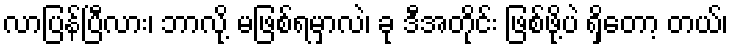
လာပြန်ပြီလား၊ ဘာလို့ မဖြစ်ရမှာလဲ၊ ခု ဒီအတိုင်း ဖြစ်ဖို့ပဲ ရှိတော့ တယ်၊